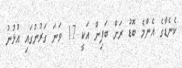
ކެނެޑާގެ އެންމެ ބޮޑު ރަށް ބަފިން އަކީ 17 ވަނަ ގަރުނުގައި އުޅުނު